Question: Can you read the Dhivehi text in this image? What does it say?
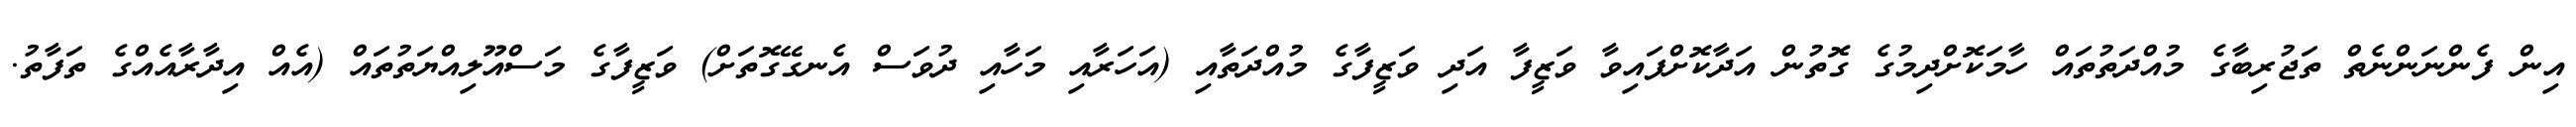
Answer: އިން ފެންނަންނެތް ތަޖުރިބާގެ މުއްދަތުތައް ހާމަކޮށްދިމުގެ ގޮތުން އަދާކޮށްފައިވާ ވަޒީފާ އަދި ވަޒީފާގެ މުއްދަތާއި (އަހަރާއި މަހާއި ދުވަސް އެނގޭގޮތަށް) ވަޒީފާގެ މަސްއޫލިއްޔަތުތައް (އެއް އިދާރާއެއްގެ ތަފާތު.